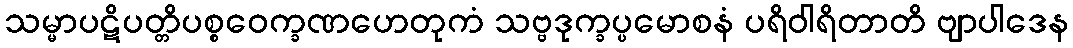
သမ္မာပဋိပတ္တိပစ္စဝေက္ခဏဟေတုကံ သဗ္ဗဒုက္ခပ္ပမောစနံ ပရိဝါရိတာတိ ဗျာပါဒေန